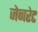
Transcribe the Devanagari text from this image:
जेनरेट